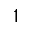
1